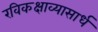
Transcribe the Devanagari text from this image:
रविकक्षाव्यासार्ध